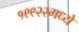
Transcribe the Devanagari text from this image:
१९९२२मध्ये